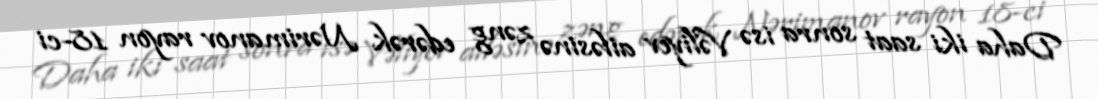
Daha iki saat sonra isə Vəliyev ailəsinə zəng edərək Nərimanov rayon 18-ci